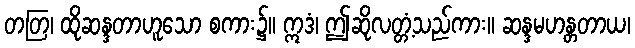
တတြ၊ ထိုဆန္ဒတာဟူသော စကား၌။ ဣဒံ၊ ဤဆိုလတ္တံ့သည်ကား။ ဆန္ဒမဟန္တတာယ၊